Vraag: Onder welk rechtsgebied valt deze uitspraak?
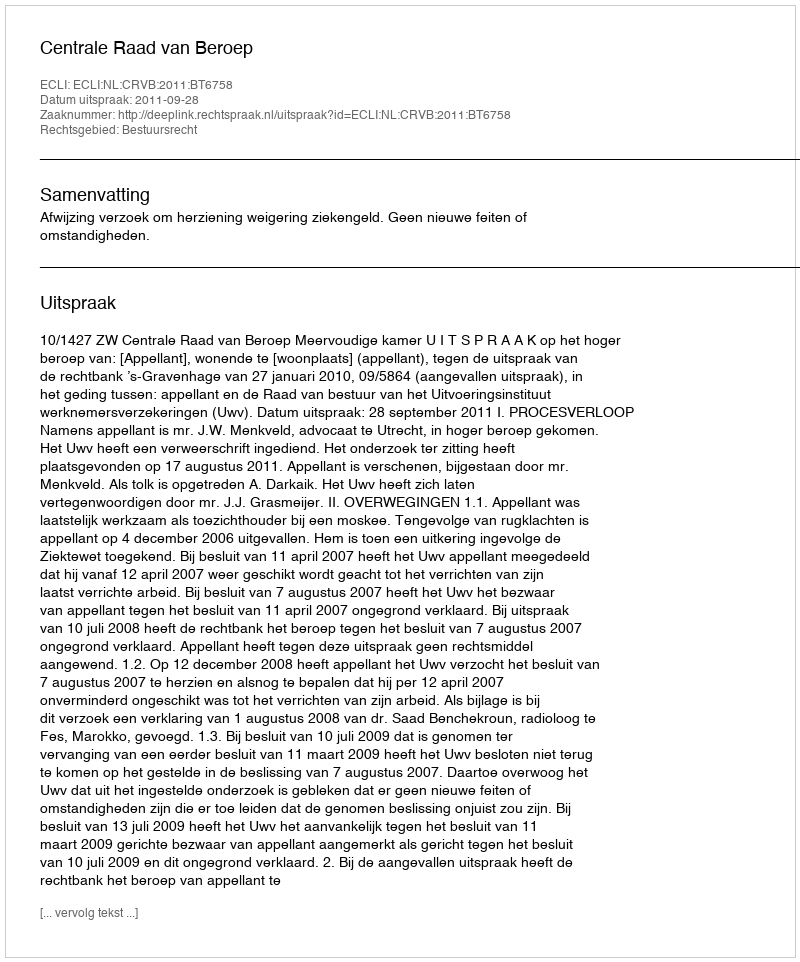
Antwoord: Bestuursrecht